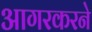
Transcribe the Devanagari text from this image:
आगरकरने